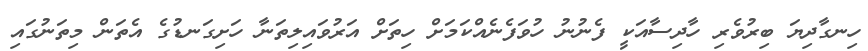
ހިނގާދިޔަ ބިރުވެރި ހާދިސާއަކީ ފެނުނު ހުވަފެނެއްކަމަށް ހިތަށް އަރުވައިލިތަނާ ހަށިގަނޑުގެ އެތަން މިތަނުގައި